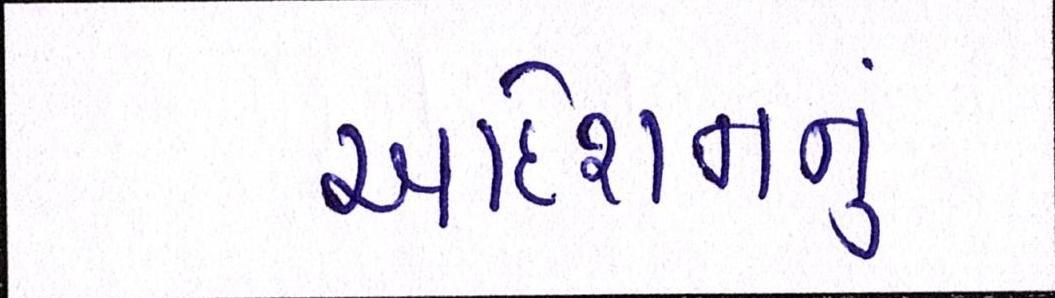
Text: આદેશનનું